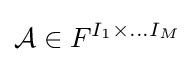
{\mathcal {A}}\in F^{I_{1}\times ...I_{M}}